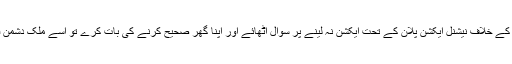
اگر کوئی ان تنظیموں کے خلاف نیشنل ایکشن پلان کے تحت ایکشن نہ لینے پر سوال اٹھائے اور اپنا گھر صحیح کرنے کی بات کرے تو اسے ملک دشمن قرار دے دیا جاتا ہے۔